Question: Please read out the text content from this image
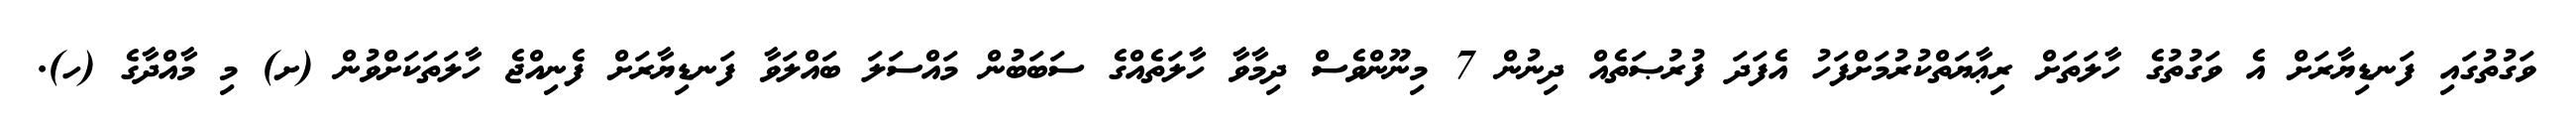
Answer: ވަގުތުގައި ފަނޑިޔާރަށް އެ ވަގުތުގެ ހާލަތަށް ރިޢާޔަތްކުރުމަށްފަހު އެފަދަ ފުރުޞަތެއް ދިނުން 7 މިނޫންވެސް ދިމާވާ ހާލަތެއްގެ ސަބަބުން މައްސަލަ ބައްލަވާ ފަނޑިޔާރަށް ފެނިއްޖެ ހާލަތަކަށްވުން (ށ) މި މާއްދާގެ (ހ).